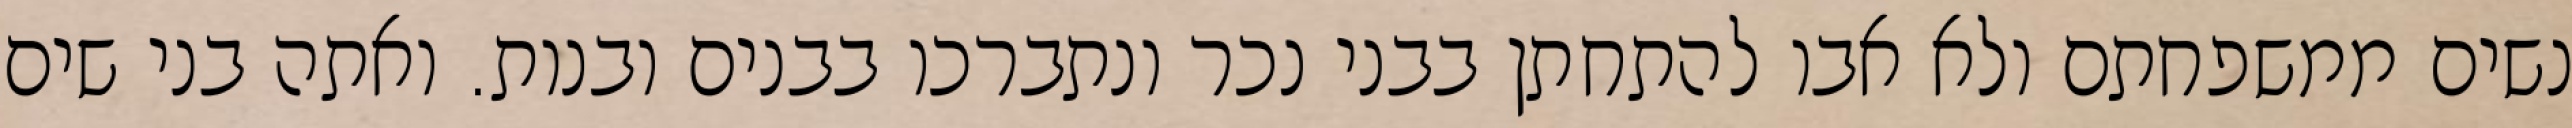
נשים ממשפחתם ולא אבו להתחתן בבני נכר ונתברכו בבנים ובנות. ואתה בני שים